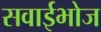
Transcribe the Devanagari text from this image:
सवाईभोज